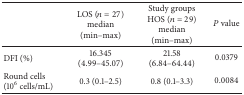
<table><thead><tr><td><b> </b></td><td><b>LOS (<i>n</i> = 27)median (min–max)</b></td><td><b>Study groups HOS (<i>n</i> = 29) median (min–max)</b></td><td><b><i>P</i> value</b></td></tr></thead><tbody><tr><td>DFI (%)</td><td>16.345 (4.99–45.07)</td><td>21.58 (6.84–64.44)</td><td>0.0379</td></tr><tr><td>Round cells (10<sup>6</sup> cells/mL)</td><td>0.3 (0.1–2.5)</td><td>0.8 (0.1–3.3)</td><td>0.0084</td></tr></tbody></table>